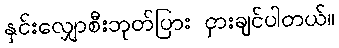
နှင်းလျှောစီးဘုတ်ပြား ငှားချင်ပါတယ်။